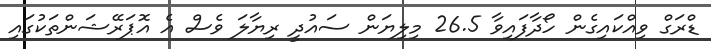
ޑްރަގް ވިއްކައިގެން ހޯދާފައިވާ 26.5 މިލިޔަން ސައުދީ ރިޔާލަ ވެސް އެ އޮޕަރޭޝަންތަކުގައި